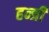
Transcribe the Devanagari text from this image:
हन्त्री